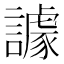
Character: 𧬷